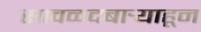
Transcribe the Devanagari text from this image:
सावळदबार्‍याहून